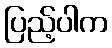
ပြည့်ပါက